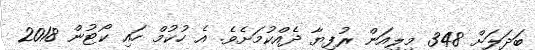
ބަދަލަށް 348 މިލިއަން ރުފިޔާ ދެއްކުމަށެވެ. އެ ހުކުމް ހައި ކޯޓުން 2018